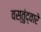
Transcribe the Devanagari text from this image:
वस्तुंद्वारे